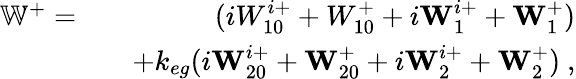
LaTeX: \begin{array}{rlr}{\mathbb{W}^{+}=}&{}&{(iW_{10}^{i+}+W_{10}^{+}+i\textbf{W}_{1}^{i+}+\textbf{W}_{1}^{+})}\\ &{}&{+k_{eg}(i\textbf{W}_{20}^{i+}+\textbf{W}_{20}^{+}+i\textbf{W}_{2}^{i+}+\textbf{W}_{2}^{+})~,}\end{array}